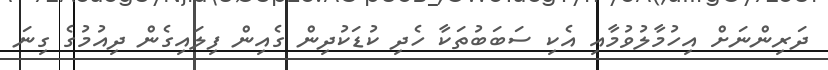
ދަރިންނަށް އިހުމާލުވުމާއި އެކި ސަބަބުތަކާ ހެދި ކުޑަކުދިން ގެއިން ފިލައިގެން ދިއުމުގެ ގިނަ